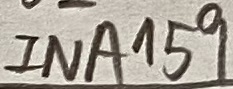
Text: INA159